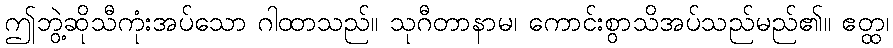
ဤဘွဲ့ဆိုသီကုံးအပ်သော ဂါထာသည်။ သုဂီတာနာမ၊ ကောင်းစွာသိအပ်သည်မည်၏။ ဧတ္ထ၊